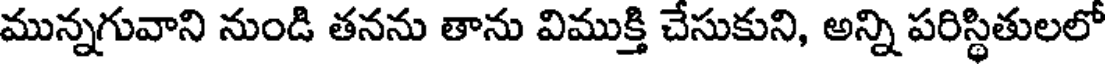
మున్నగువాని నుండి తనను తాను విముక్తి చేసుకుని, అన్ని పరిస్థితులలో